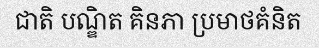
ជាតិ បណ្ឌិត គិនភា ប្រមាថគំនិត